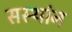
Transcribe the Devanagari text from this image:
सस्थांन